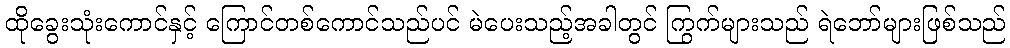
ထိုခွေးသုံးကောင်နှင့် ကြောင်တစ်ကောင်သည်ပင် မဲပေးသည့်အခါတွင် ကြွက်များသည် ရဲဘော်များဖြစ်သည်